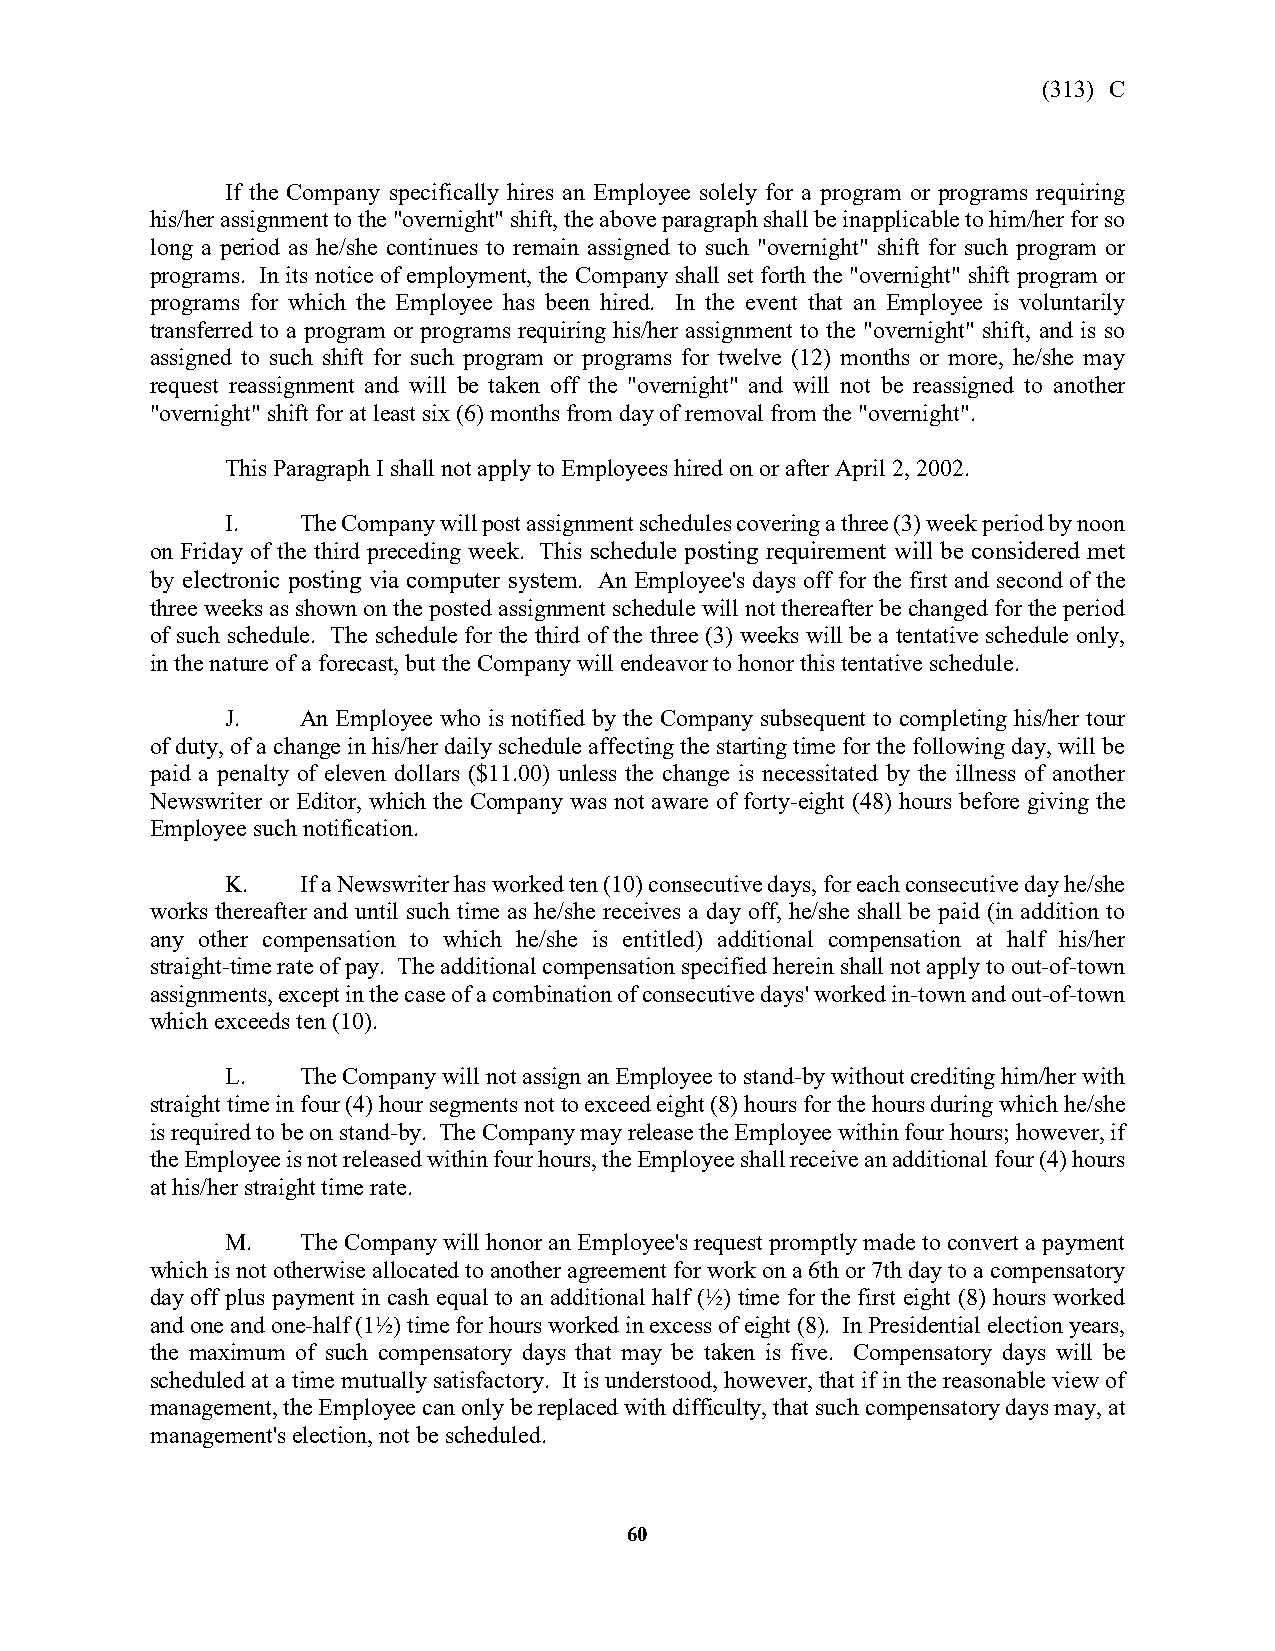
(313) C
 If the Company specifically hires an Employee solely for a program or programs requiring
 his/her assignment to the "overnight" shift, the above paragraph shall be inapplicable to him/her for so
 long a period as he/she continues to remain assigned to such "overnight" shift for such program or
 programs. In its notice of employment, the Company shall set forth the "overnight" shift program or
 programs for which the Employee has been hired. In the event that an Employee is voluntarily
 transferred to a program or programs requiring his/her assignment to the "overnight" shift, and is so
 assigned to such shift for such program or programs for twelve (12) months or more, he/she may
 request reassignment and will be taken off the "overnight" and will not be reassigned to another
 "overnight" shift for at least six (6) months from day of removal from the "overnight".
 This Paragraph I shall not apply to Employees hired on or after April 2, 2002.
 I.   The Company will post assignment schedules covering a three (3) week period by noon
 on Friday of the third preceding week. This schedule posting requirement will be considered met
 by electronic posting via computer system. An Employee's days off for the first and second of the
 three weeks as shown on the posted assignment schedule will not thereafter be changed for the period
 of such schedule. The schedule for the third of the three (3) weeks will be a tentative schedule only,
 in the nature of a forecast, but the Company will endeavor to honor this tentative schedule.
 J.   An Employee who is notified by the Company subsequent to completing his/her tour
 of duty, of a change in his/her daily schedule affecting the starting time for the following day, will be
 paid a penalty of eleven dollars ($11.00) unless the change is necessitated by the illness of another
 Newswriter or Editor, which the Company was not aware of forty-eight (48) hours before giving the
 Employee such notification.
 K.   If a Newswriter has worked ten (10) consecutive days, for each consecutive day he/she
 works thereafter and until such time as he/she receives a day off, he/she shall be paid (in addition to
 any other compensation to which he/she is entitled) additional compensation at half his/her
 straight-time rate of pay. The additional compensation specified herein shall not apply to out-of-town
 assignments, except in the case of a combination of consecutive days' worked in-town and out-of-town
 which exceeds ten (10).
 L.   The Company will not assign an Employee to stand-by without crediting him/her with
 straight time in four (4) hour segments not to exceed eight (8) hours for the hours during which he/she
 is required to be on stand-by. The Company may release the Employee within four hours; however, if
 the Employee is not released within four hours, the Employee shall receive an additional four (4) hours
 at his/her straight time rate.
 M.   The Company will honor an Employee's request promptly made to convert a payment
 which is not otherwise allocated to another agreement for work on a 6th or 7th day to a compensatory
 day off plus payment in cash equal to an additional half (½) time for the first eight (8) hours worked
 and one and one-half (1½) time for hours worked in excess of eight (8). In Presidential election years,
 the maximum of such compensatory days that may be taken is five. Compensatory days will be
 scheduled at a time mutually satisfactory. It is understood, however, that if in the reasonable view of
 management, the Employee can only be replaced with difficulty, that such compensatory days may, at
 management's election, not be scheduled.
 60